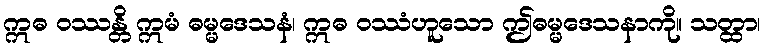
ဣဓ ဝဿန္တိ ဣမံ ဓမ္မဒေသနံ၊ ဣဓ ဝဿံဟူသော ဤဓမ္မဒေသနာကို။ သတ္ထာ၊